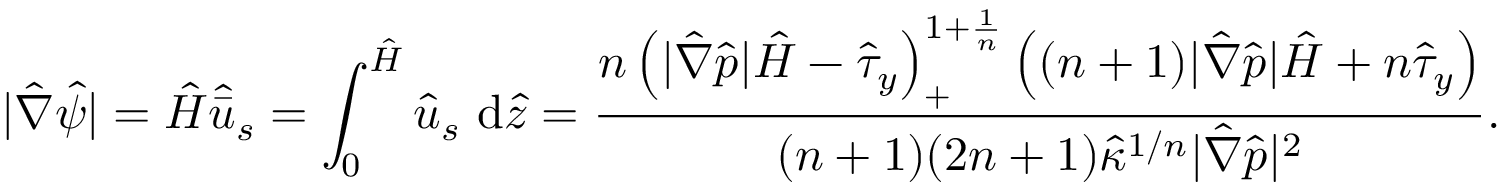
| \hat { \nabla } \hat { \psi } | = \hat { H } \hat { \bar { u } } _ { s } = \int _ { 0 } ^ { \hat { H } } \hat { u } _ { s } ~ \mathrm { d } \hat { z } = \frac { \displaystyle { n \left( | \hat { \nabla } \hat { p } | \hat { H } - \hat { \tau } _ { y } \right) _ { + } ^ { 1 + \frac { 1 } { n } } \left( ( n + 1 ) | \hat { \nabla } \hat { p } | \hat { H } + n \hat { \tau } _ { y } \right) } } { ( n + 1 ) ( 2 n + 1 ) \hat { \kappa } ^ { 1 / n } | \hat { \nabla } \hat { p } | ^ { 2 } } .